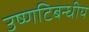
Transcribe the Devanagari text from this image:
उष्णटिबन्धीय